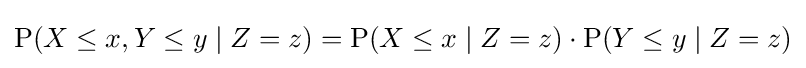
\mathrm {P} (X\leq x,Y\leq y\;|\;Z=z)=\mathrm {P} (X\leq x\;|\;Z=z)\cdot \mathrm {P} (Y\leq y\;|\;Z=z)